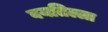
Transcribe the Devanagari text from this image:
वयतिल्ला